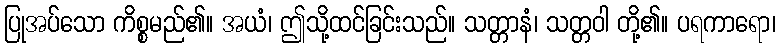
ပြုအပ်သော ကိစ္စမည်၏။ အယံ၊ ဤသို့ထင်ခြင်းသည်။ သတ္တာနံ၊ သတ္တဝါ တို့၏။ ပရကာရော၊